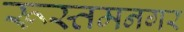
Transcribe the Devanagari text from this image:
रूस्तमनगर